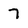
Character: 7